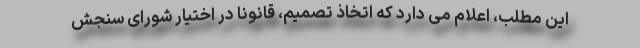
این مطلب، اعلام می دارد که اتخاذ تصمیم، قانوناً در اختیار شورای سنجش